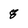
Character: 8